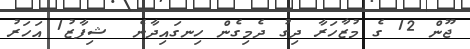
ޖޫން 12 ގެ މުޒާހަރާ ދިގު ދެމިގެން ހިނގައިދާނެ  ޝިފާޒު1 އަހަރު